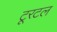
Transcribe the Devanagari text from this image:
टूरटल